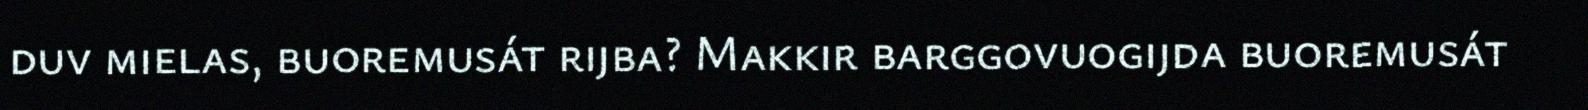
duv mielas, buoremusát rijba? Makkir barggovuogijda buoremusát